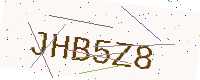
Text: JHB5Z8